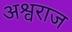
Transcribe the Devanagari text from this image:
अश्वराज